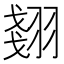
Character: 𮋇